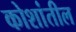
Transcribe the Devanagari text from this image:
कोशांतील